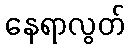
နေရာလွတ်